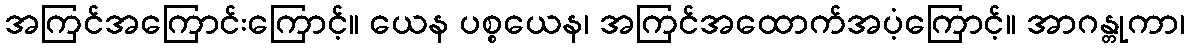
အကြင်အကြောင်းကြောင့်။ ယေန ပစ္စယေန၊ အကြင်အထောက်အပံ့ကြောင့်။ အာဂန္တုကာ၊